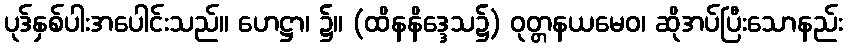
ပုဒ်နှစ်ပါးအပေါင်းသည်။ ဟေဋ္ဌာ၊ ၌။ (ထိနနိဒ္ဒေသ၌) ဝုတ္တနယမေဝ၊ ဆိုအပ်ပြီးသောနည်း